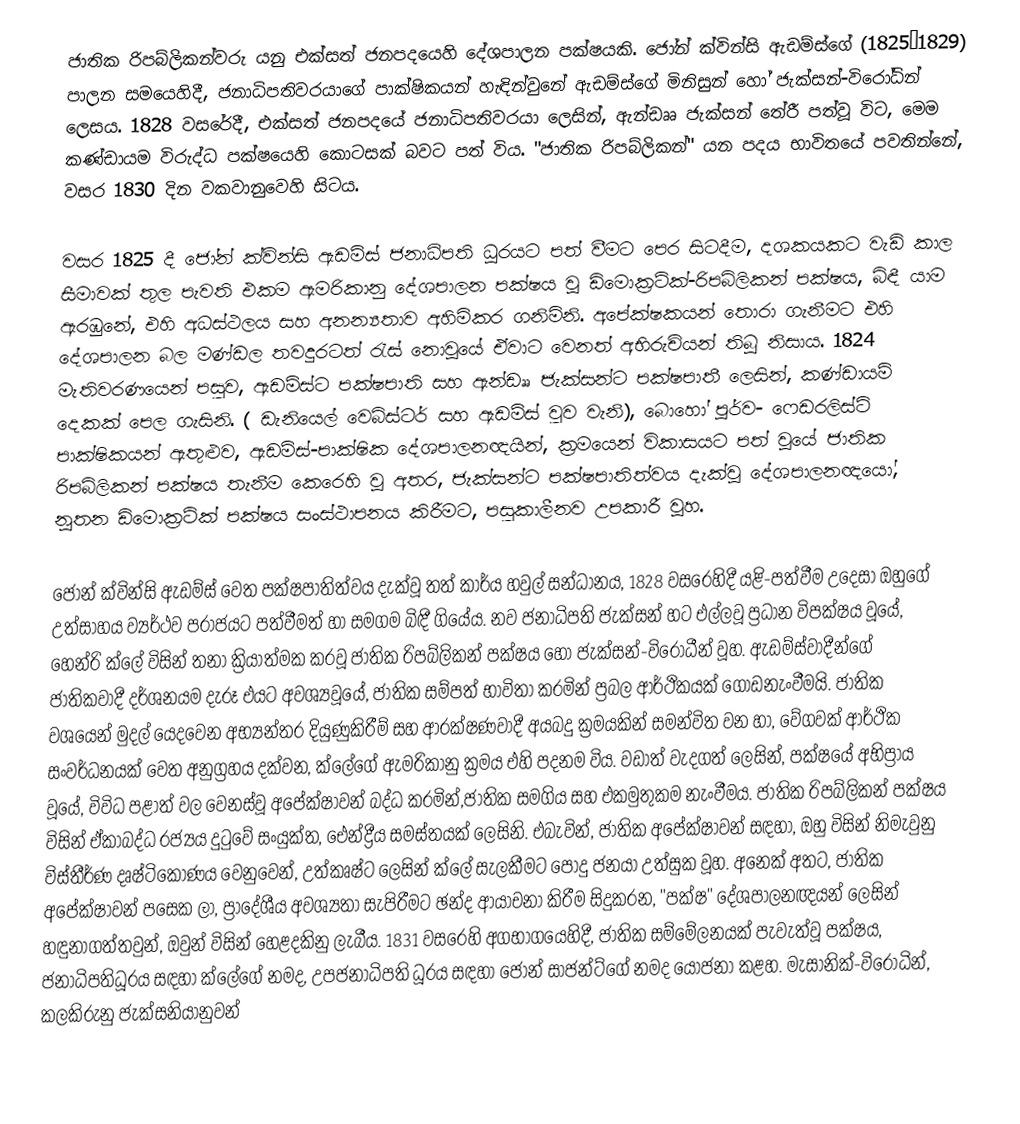
ජාතික රිපබ්ලිකන්වරු යනු එක්සත් ජනපදයෙහි දේශපාලන පක්ෂයකි.  ජෝන් ක්වින්සි ඇඩම්ස්ගේ (1825–1829) පාලන සමයෙහිදී, ජනාධිපතිවරයාගේ පාක්ෂිකයන් හැඳින්වුනේ ඇඩම්ස්ගේ මිනිසුන් හෝ ජැක්සන්-විරෝධින් ලෙසය. 1828 වසරේදී, එක්සත් ජනපදයේ ජනාධිපතිවරයා  ලෙසින්, ඇන්ඩෲ ජැක්සන් තේරී පත්වූ විට, මෙම කණ්ඩායම විරුද්ධ පක්ෂයෙහි කොටසක් බවට පත් විය. "ජාතික රිපබ්ලිකන්" යන පදය භාවිතයේ පවතින්නේ, වසර 1830 දින වකවානුවෙහි සිටය.

වසර 1825 දී ජෝන් ක්වින්සි ඇඩම්ස් ජනාධිපති ධූරයට පත් වීමට පෙර සිටදීම, දශකයකට වැඩි කාල සීමාවක් තුල පැවති එකම ඇමරිකානු දේශපාලන පක්ෂය වූ ඩිමොක්‍රටික්-රිපබ්ලිකන් පක්ෂය, බිඳී යාම ඇරඹුනේ, එහි අධස්ථලය සහ අනන්‍යතාව අහිමිකර ගනිමිනි. අපේක්ෂකයන් තොරා ගැනීමට එහි දේශපාලන බල මණ්ඩල තවදුරටත් රැස් නොවූයේ ඒවාට වෙනත් අභිරුචියන් තිබූ නිසාය. 1824 මැතිවරණයෙන් පසුව, ඇඩම්ස්ට පක්ෂපාති සහ  ඇන්ඩෲ ජැක්සන්ට පක්ෂපාතී ලෙසින්, කණ්ඩායම් දෙකක් පෙල ගැසිනි. ( ඩැනියෙල් වෙබ්ස්ටර් සහ ඇඩම්ස් වුව වැනි), බොහෝ  පූර්ව- ෆෙඩරලිස්ට් පාක්ෂිකයන්  ඇතුළුව, ඇඩම්ස්-පාක්ෂික දේශපාලනඥයින්, ක්‍රමයෙන් විකාසයට පත් වූයේ ජාතික රිපබ්ලිකන් පක්ෂය තැනීම කෙරෙහි වූ අතර,  ජැක්සන්ට පක්ෂපාතිත්වය දැක්වූ දේශපාලනඥයෝ, නූතන ඩිමොක්‍රටික් පක්ෂය සංස්ථාපනය කිරීමට, පසුකාලීනව උපකාරී වූහ.

ජෝන් ක්වින්සි ඇඩම්ස්  වෙත පක්ෂපාතිත්වය දැක්වූ තත් කාර්ය හවුල් සන්ධානය,  1828 වසරෙහිදී යළි-පත්වීම උදෙසා ඔහුගේ උත්සාහය ව්‍යර්ථව පරාජයට පත්වීමත් හා සමගම බිඳී ගියේය. නව ජනාධිපති ජැක්සන් හට එල්ලවූ ප්‍රධාන විපක්ෂය වූයේ, හෙන්රි ක්ලේ විසින් තනා ක්‍රියාත්මක කරවූ ජාතික රිපබ්ලිකන් පක්ෂය හෝ  ජැක්සන්-විරෝධීන්  වූහ. ඇඩම්ස්වාදීන්ගේ ජාතිකවාදී දර්ශනයම දැරූ එයට අවශ්‍යවූයේ, ජාතික සම්පත් භාවිතා කරමින් ප්‍රබල ආර්ථිකයක් ගොඩනැංවීමයි.  ජාතික වශයෙන් මුදල් යෙදවෙන අභ්‍යන්තර දියුණුකිරීම් සහ ආරක්ෂණවාදී අයබදු ක්‍රමයකින් සමන්විත වන හා,  වේගවක් ආර්ථික සංවර්ධනයක් වෙත අනුග්‍රහය දක්වන, ක්ලේගේ ඇමරිකානු ක්‍රමය එහි  පදනම විය. වඩාත් වැදගත් ලෙසින්, පක්ෂයේ අභිප්‍රාය වූයේ, විවිධ පළාත් වල වෙනස්වූ අපේක්ෂාවන් බද්ධ කරමින්,ජාතික සමගිය සහ එකමුතුකම නැංවීමය. ජාතික රිපබ්ලිකන් පක්ෂය විසින් ඒකාබද්ධ රජ්‍යය දුටුවේ සංයුක්ත, ඓන්ද්‍රීය සමස්තයක් ලෙසිනි. එබැවින්, ජාතික අපේක්ෂාවන් සඳහා, ඔහු විසින් නිමැවුනු  විස්තීර්ණ දෘෂ්ටිකෝණය වෙනුවෙන්,  උත්කෘෂ්ට ලෙසින්  ක්ලේ සැලකීමට පොදු ජනයා උත්සුක වූහ. අනෙක් අතට, ජාතික අපේක්ෂාවන් පසෙක ලා, ප්‍රාදේශීය අවශ්‍යතා සැපිරීමට ඡන්ද ආයාචනා කිරීම සිදුකරන,  "පක්ෂ" දේශපාලනඥයන්  ලෙසින් හඳුනාගත්තවුන්, ඔවුන් විසින් හෙළදකිනු ලැබීය. 1831 වසරෙහි අගභාගයෙහිදී, ජාතික සම්මේලනයක් පැවැත්වූ පක්ෂය, ජනාධිපතිධූරය සඳහා ක්ලේගේ නමද, උපජනාධිපති ධූරය සඳහා ජෝන් සාජන්ට්ගේ නමද යෝජනා කළහ. මැසානික්-විරෝධින්, කලකිරුනු ජැක්සනියානුවන්